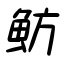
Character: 魴